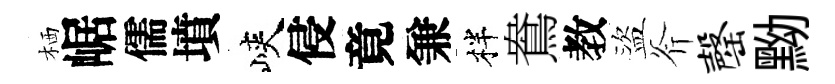
栖崌儒墳峽侵竟兼柈鴦教盜斧罄黝